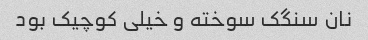
نان سنگک سوخته و خیلی کوچیک بود